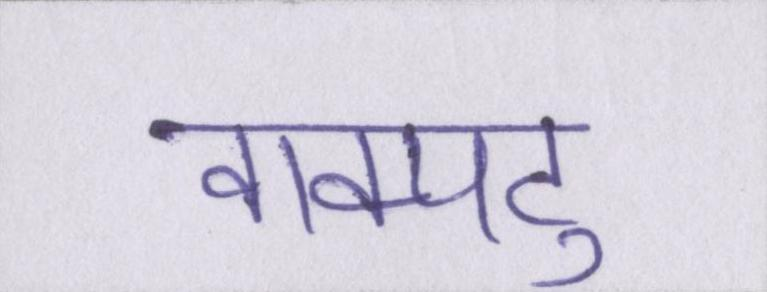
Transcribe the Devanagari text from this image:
वाक्पटु